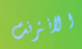
الانترنت